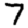
Digit: 7